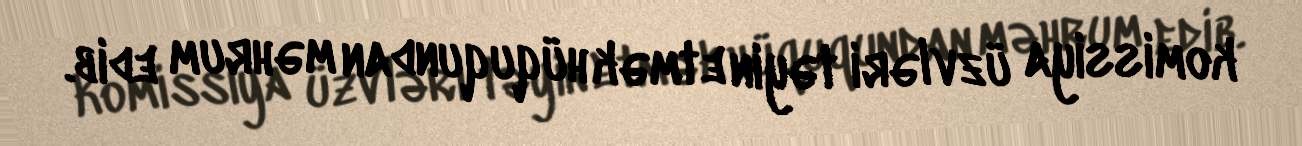
komissiya üzvləri təyin etmək hüququndan məhrum edib.